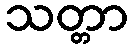
သတ္တာ